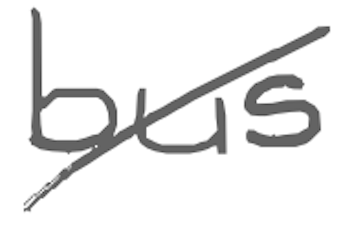
Text: bus
Cross-out: diagonal
Writing tool: digital_gray